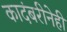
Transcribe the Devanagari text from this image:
कादंबरीनेही